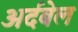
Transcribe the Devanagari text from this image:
अर्दबेल